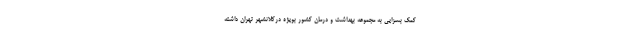
کمک بسزایی به مجموعه بهداشت و درمان کشور بویژه درکلانشهر تهران داشته